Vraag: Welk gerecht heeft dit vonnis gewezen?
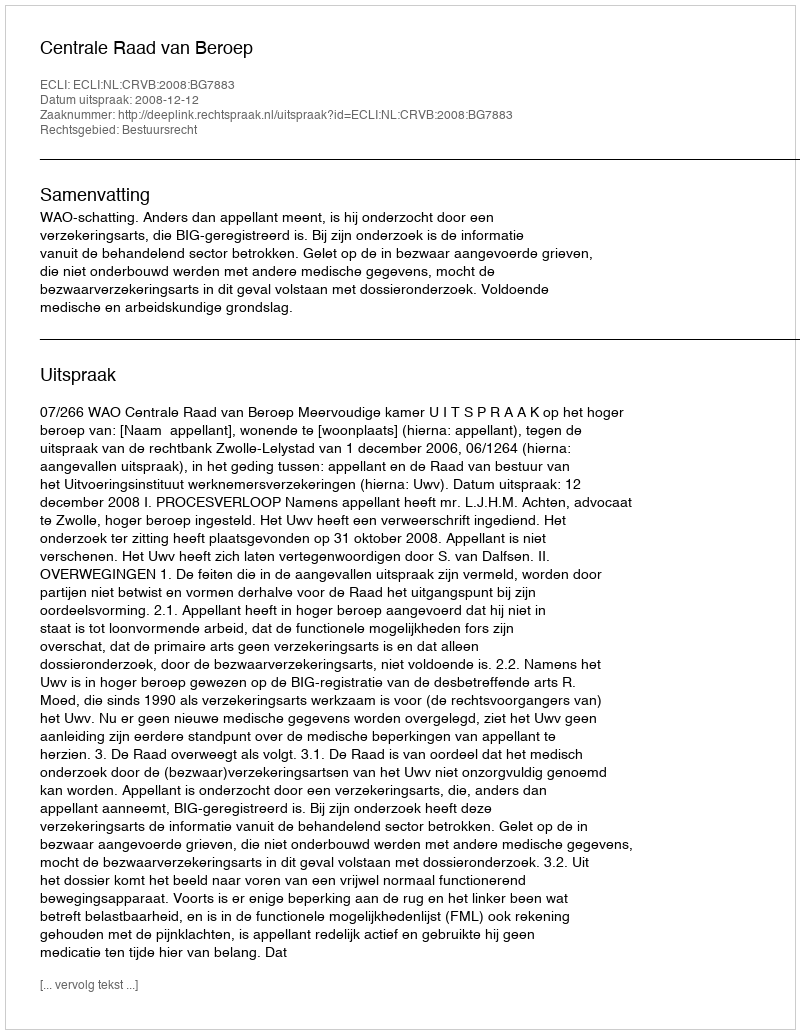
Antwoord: Centrale Raad van Beroep